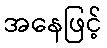
အနေဖြင့်